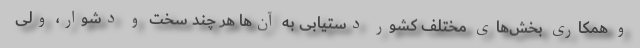
و همکاری بخش‌های مختلف کشور دستیابی به آن‌ها هر چند سخت و دشوار، ولی